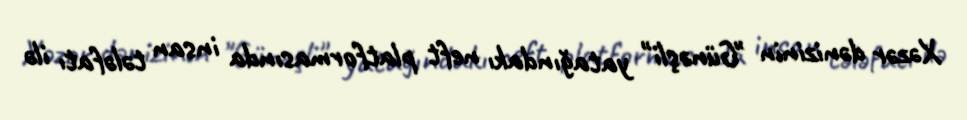
Xəzər dənizinin "Günəşli" yatağındakı neft platformasında insan tələfatı ilə